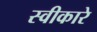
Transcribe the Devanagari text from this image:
स्‍वीकारे